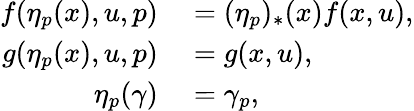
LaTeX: \begin{array}{rl}{f(\eta_{p}(x),u,p)}&{{}=(\eta_{p})_{*}(x)f(x,u),}\\ {g(\eta_{p}(x),u,p)}&{{}=g(x,u),}\\ {\eta_{p}(\gamma)}&{{}=\gamma_{p},}\end{array}